Annual report on the health of the army in India
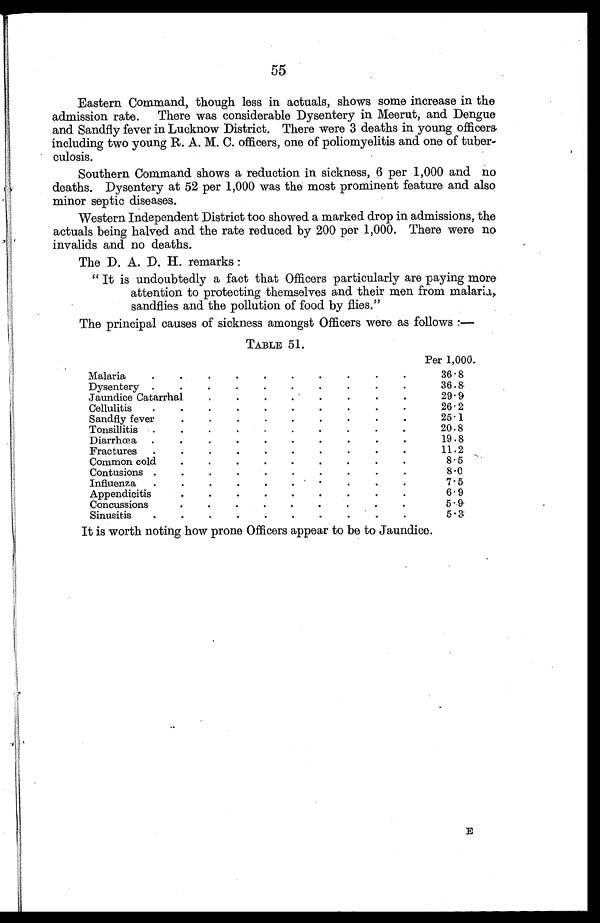
55
Eastern Command, though less in actuals, shows some increase in the
admission rate. There was considerable Dysentery in Meerut, and Dengue
and Sandfly fever in Lucknow District. There were 3 deaths in young officers
including two young R. A. M. C. officers, one of poliomyelitis and one of tuber-
culosis.
Southern Command shows a reduction in sickness, 6 per 1,000 and no
deaths. Dysentery at 52 per 1,000 was the most prominent feature and also
minor septic diseases.
Western Independent District too showed a marked drop in admissions, the
actuals being halved and the rate reduced by 200 per 1,000. There were no
invalids and no deaths.
The D. A. D. H. remarks:
" It is undoubtedly a fact that Officers particularly are paying more
attention to protecting themselves and their men from malaria,
sandflies and the pollution of food by flies."
The principal causes of sickness amongst Officers were as follows :—
TABLE 51.
Per 1,000.
Malaria
.
.
.
.
.
.
.
.
.
.
36.8
Dysentery .
.
.
.
.
.
.
.
.
.
36 . 8.
Jaundice Catarrhal
.
.
.
.
.
.
.
.
29. 9
Cellulitis
.
.
.
.
.
.
.
.
.
.
26.2
Sandfly fever
.
.
.
.
.
.
.
.
.
25.1
Tonsillitis .
.
.
.
.
.
.
.
.
.
20.8
Diarrhœa
.
.
.
.
.
.
.
.
.
.
19.8
Fractures
.
.
.
.
.
.
.
.
.
.
11.2
Common cold
.
.
.
.
.
.
.
.
.
8 . 5
Contusions .
.
.
.
.
.
.
.
.
.
8.0
Influenza
.
.
.
.
.
.
.
.
.
.
7 . 5
Appendicitis
.
.
.
.
.
.
.
.
.
6 . 9
Concussion
.
.
.
.
.
.
.
.
.
5 . 9.
Sinusitis
.
.
.
.
.
.
.
.
.
.
5. 3
It is worth noting how prone Officers appear to be to Jaundice.